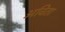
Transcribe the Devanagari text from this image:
अविता